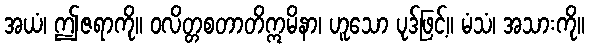
အယံ၊ ဤဇရာကို။ ဝလိတ္တစတာတိဣမိနာ၊ ဟူသော ပုဒ်ဖြင့်။ မံသံ၊ အသားကို။